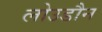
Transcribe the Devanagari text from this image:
लोउडौन